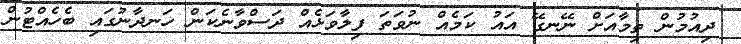
ދިއުމުން ތިމާއަށް ނޭނގޭ އައު ކަމެއް ނުވަތަ ފިލާވަޅެއް ދަސްވާނެކަން ހަނދާނުގައި ބެހެއްޓުން